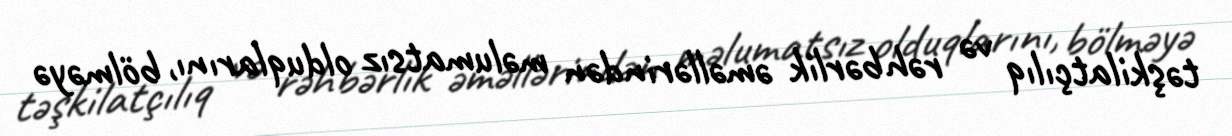
təşkilatçılıq və rəhbərlik əməllərindən məlumatsız olduqlarını, bölməyə